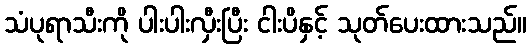
သံပုရာသီးကို ပါးပါးလှီးပြီး ငါးပိနှင့် သုတ်ပေးထားသည်။